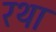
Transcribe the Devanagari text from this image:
रथा